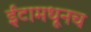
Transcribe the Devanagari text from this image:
ईटामधूनच